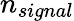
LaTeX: n_{signal}